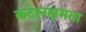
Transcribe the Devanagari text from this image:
कटानक्षमता